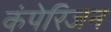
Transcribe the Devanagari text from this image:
कंपेरिजन